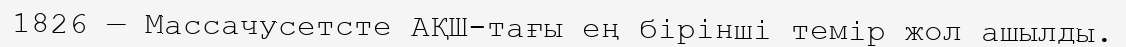
1826 — Массачусетсте АҚШ-тағы ең бірінші темір жол ашылды.